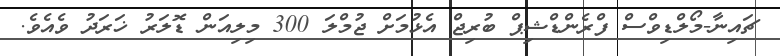
ޗައިނާ-މޯލްޑިވްސް ފްރެންޑްޝިޕް ބުރިޖް އެޅުމަށް ޖުމްލަ 300 މިލިއަން ޑޮލަރު ޚަރަދު ވެއެވެ.